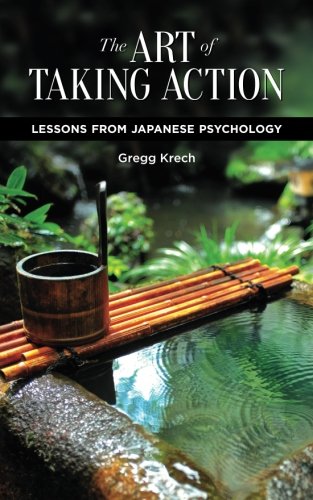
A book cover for The Art of Taking Action: Lessons from Japanese Psychology; Gregg Krech; Religion & Spirituality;